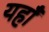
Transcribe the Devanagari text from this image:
यहाँँ